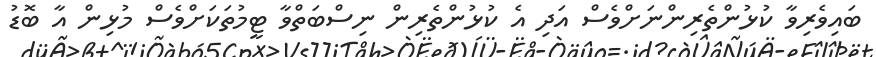
ބައިވެރިވާ ކުޅުންތެރިންނަށްވެސް އަދި އެ ކުޅުންތެރިން ނިސްބަތްވާ ޓީމުތަކަށްވެސް މުޅިން އާ ބޮޑު